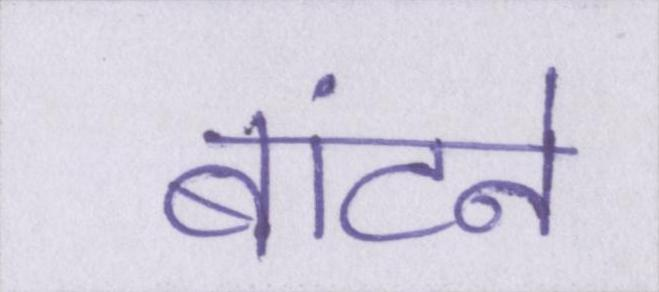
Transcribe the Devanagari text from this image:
बांटने